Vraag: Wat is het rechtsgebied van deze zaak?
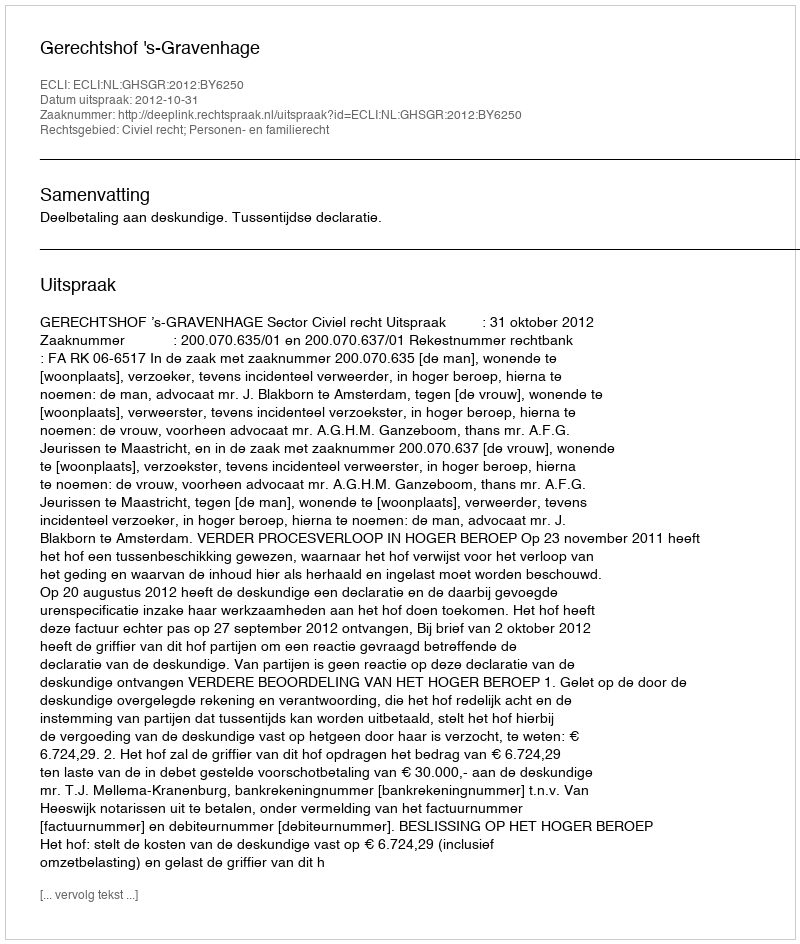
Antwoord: Civiel recht; Personen- en familierecht